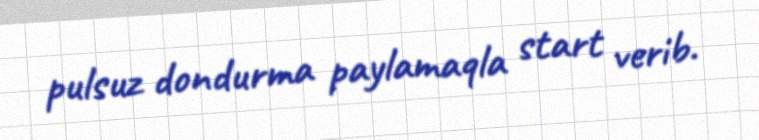
pulsuz dondurma paylamaqla start verib.